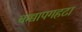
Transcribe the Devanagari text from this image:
कच्चापगहटा